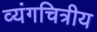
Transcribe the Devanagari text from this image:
व्यंगचित्रीय